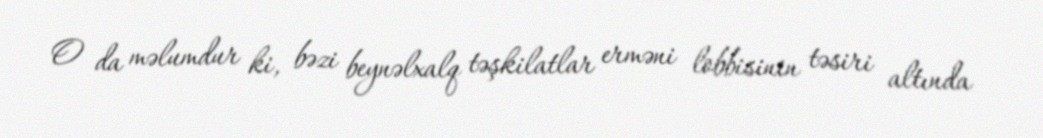
O da məlumdur ki, bəzi beynəlxalq təşkilatlar erməni lobbisinin təsiri altında